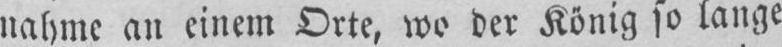
nahme an einem Orte, wo der Kbnig so lange